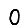
Digit: 0